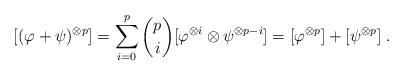
LaTeX: \begin{align*}[(\varphi + \psi)^{\otimes p}] = \sum^p_{i=0} {p \choose i} [\varphi^{\otimes i} \otimes \psi^{\otimes p-i}] = [\varphi^{\otimes p}] + [\psi^{\otimes p}] \; .\end{align*}